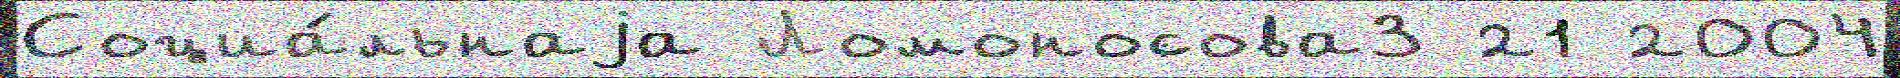
Социа́льнаjа Ломоносова3 21 2004